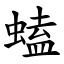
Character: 䗘